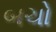
બચો